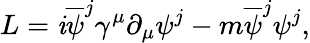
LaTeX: L=\mathit{i}\overline{{{{\psi}}}}^{j}{\gamma}^{\mu}\partial_{\mu}{\psi}^{j}-m\overline{{{{\psi}}}}^{j}{\psi}^{j},